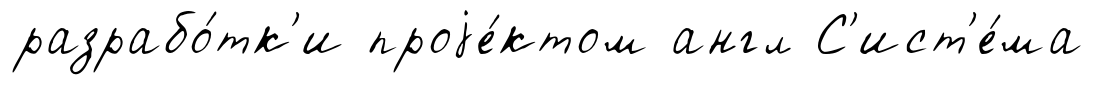
разрабо́тк'и проjе́ктом англ С'ист'е́ма